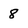
Character: 8